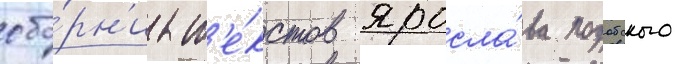
сбо́рн'ик т'е́кстов яросла́ва подобского